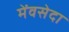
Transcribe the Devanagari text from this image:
मेंवसेदा